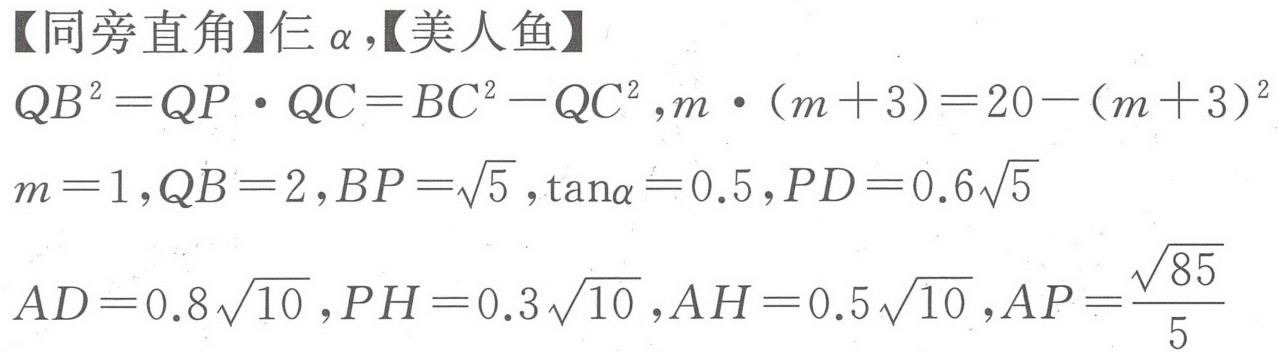
【同旁直角】仨 \(\alpha\)，【美人鱼】
\(QB^{2}=QP\cdot QC = BC^{2}-QC^{2}\)，\(m\cdot(m + 3)=20-(m + 3)^{2}\)
\(m = 1\)，\(QB = 2\)，\(BP=\sqrt{5}\)，\(\tan\alpha=0.5\)，\(PD = 0.6\sqrt{5}\)
\(AD = 0.8\sqrt{10}\)，\(PH = 0.3\sqrt{10}\)，\(AH = 0.5\sqrt{10}\)，\(AP=\frac{\sqrt{85}}{5}\)